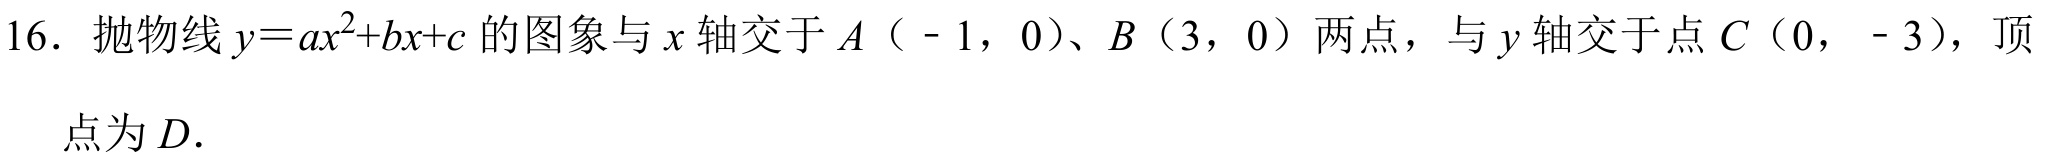
16. 抛物线\(y = ax^{2}+bx + c\)的图象与\(x\)轴交于\(A(-1,0)\)、\(B(3,0)\)两点，与\(y\)轴交于点\(C(0,-3)\)，顶
点为\(D\).